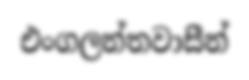
එංගලන්තවාසීන්